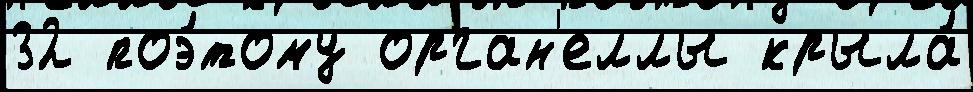
32 поэ́тому орган'еллы крыла́